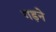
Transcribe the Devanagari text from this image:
गड़ने